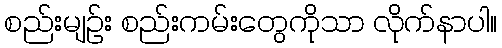
စည်းမျဉ်း စည်းကမ်းတွေကိုသာ လိုက်နာပါ။